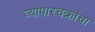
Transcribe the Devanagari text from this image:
व्यापारचक्रांचा